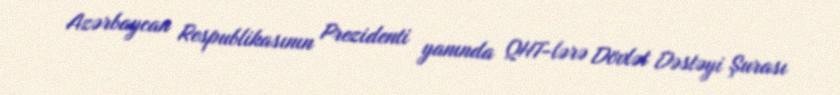
Azərbaycan Respublikasının Prezidenti yanında QHT-lərə Dövlət Dəstəyi Şurası